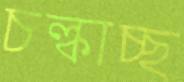
চল্‌কাচ্ছ